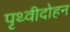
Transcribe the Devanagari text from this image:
पृथ्वीदोहन